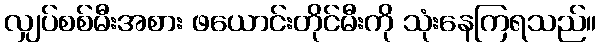
လျှပ်စစ်မီးအစား ဖယောင်းတိုင်မီးကို သုံးနေကြရသည်။